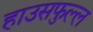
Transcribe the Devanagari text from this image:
हाउसफुल्ल